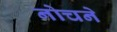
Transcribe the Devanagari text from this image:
नोचने